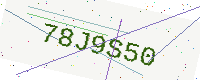
Text: 78J9S50